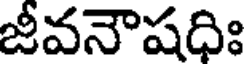
జీవనౌషధిః